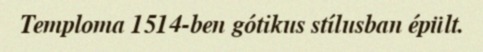
Temploma 1514-ben gótikus stílusban épült.